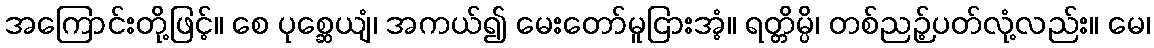
အကြောင်းတို့ဖြင့်။ စေ ပုစ္ဆေယျံ၊ အကယ်၍ မေးတော်မူငြားအံ့။ ရတ္တိမ္ပိ၊ တစ်ညဉ့်ပတ်လုံ့လည်း။ မေ၊